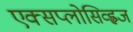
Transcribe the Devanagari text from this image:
एक्सप्लोसिव्ह्वज